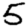
Digit: 5